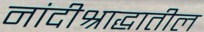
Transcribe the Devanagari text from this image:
नांदीश्राद्धातील